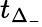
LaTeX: t_{\Delta_{-}}